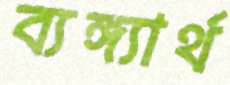
ব্যঙ্গ্যার্থ